Civil Veterinary Department Bihar & Orissa reports 1929-36 - 1929-1936
Year: 1929
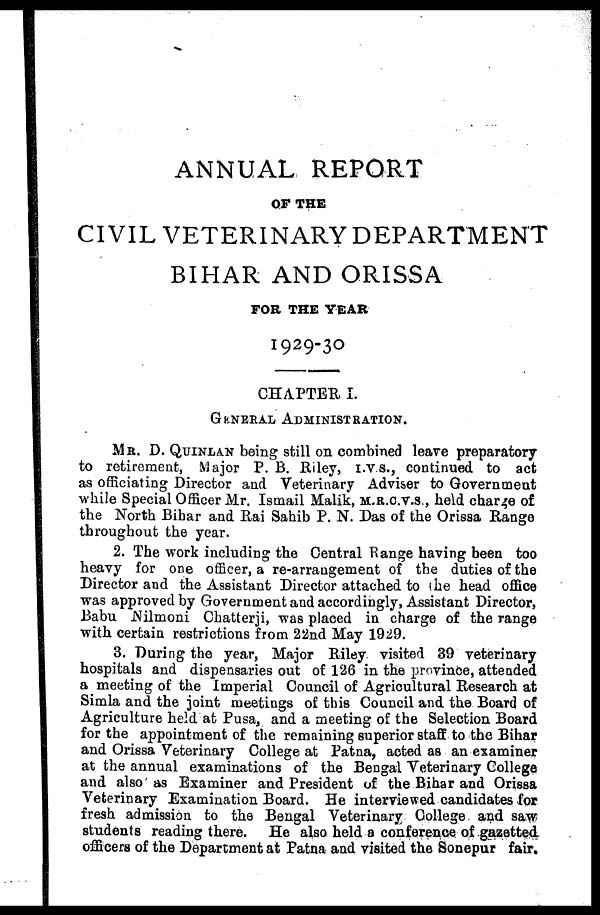
ANNUAL REPORT
OF THE
CIVIL VETERINARY DEPARTMENT
BIHAR AND ORISSA
FOR THE YEAR
1929-30
CHAPTER I.
GENERAL ADMINISTRATION.
MR. D. QUINLAN being still on combined leave preparatory
to retirement, Major P. B. Riley, I.V.S., continued to act
as officiating Director and Veterinary Adviser to Government
while Special Officer Mr. Ismail Malik, M.R.C.V.S., held charge of
the North Bihar and Rai Sahib P. N. Das of the Orissa Range
throughout the year.
2. The work including the Central Range having been too
heavy for one officer, a re-arrangement of the duties of the
Director and the Assistant Director attached to (he head office
was approved by Government and accordingly, Assistant Director,
Babu Nilmoni Chatterji, was placed in charge of the range
with certain restrictions from 22nd May 1929.
3. During the year, Major Riley visited 39 veterinary
hospitals and dispensaries out of 126 in the province, attended
a meeting of the Imperial Council of Agricultural Research at
Simla and the joint meetings of this Council and the Board of
Agriculture held at Pusa, and a meeting of the Selection Board
for the appointment of the remaining superior staff to the Bihar
and Orissa Veterinary College at Patna, acted as an examiner
at the annual examinations of the Bengal Veterinary College
and also as Examiner and President of the Bihar and Orissa
Veterinary Examination Board. He interviewed candidates for
fresh admission to the Bengal Veterinary College and saw
students reading there. He also held a conference of gazetted
officers of the Department at Patna and visited the Sonepur fair.